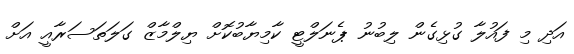
އަދި މި ފައުލާ ގުޅިގެން ލިބުނު ޕެނަލްޓީ ކާމިޔާބުކޮށް ޔިލްމާޒް ގަލަތަސަރާއީ އަށް